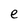
Character: e